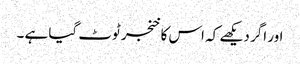
اور اگر دیکھے کہ اس کا خنجر ٹوٹ گیا ہے ۔